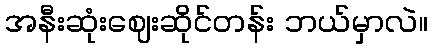
အနီးဆုံးဈေးဆိုင်တန်း ဘယ်မှာလဲ။